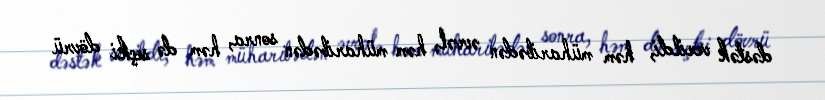
dəstək verildi, həm müharibədən əvvəl, həm müharibədən sonra, həm də seçki dövrü